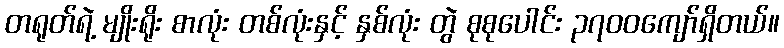
တရုတ်ရဲ့ မျိုးရိုး စာလုံး တစ်လုံးနှင့် နှစ်လုံး တွဲ စုစုပေါင်း ၃၇၀၀ကျော်ရှိတယ်။